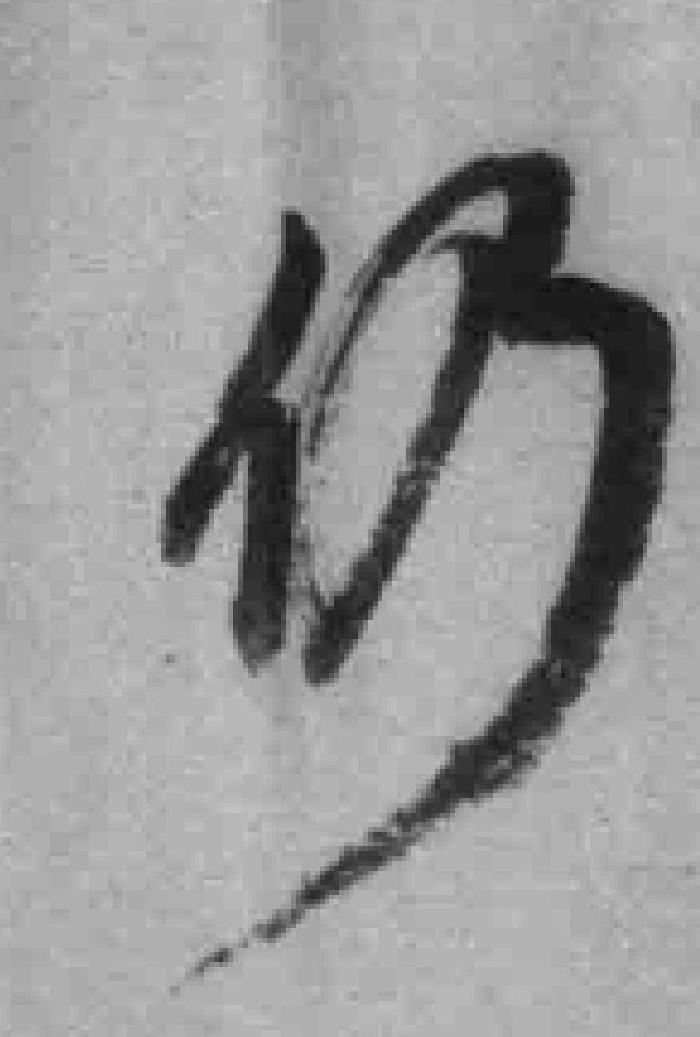
仍